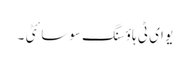
یو ای ٹی ہاؤسنگ سوسائٹی ۔